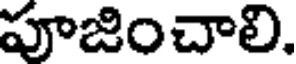
పూజించాలి.